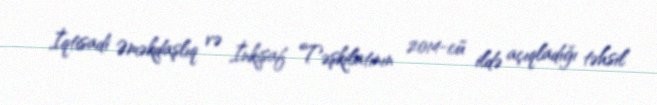
İqtisadi Əməkdaşlıq və İnkişaf Təşkilatının 2014-cü ildə açıqladığı təhsil